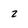
Character: z